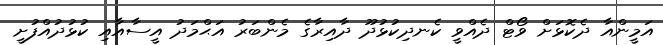
އަމީންއާ ދެކޮޅަށް ވޯޓް ދެއްވީ ކެނދިކުޅުދޫ ދާއިރާގެ މެންބަރު އަޙްމަދު އީސާއާއި ކުޅުދުއްފުށީ